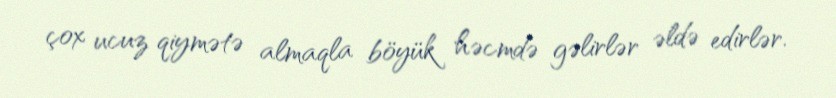
çox ucuz qiymətə almaqla böyük həcmdə gəlirlər əldə edirlər.